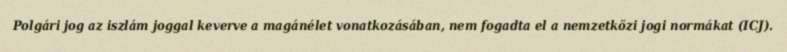
Polgári jog az iszlám joggal keverve a magánélet vonatkozásában, nem fogadta el a nemzetközi jogi normákat (ICJ).